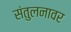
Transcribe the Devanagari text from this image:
संतुलनावर